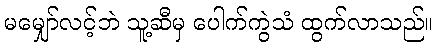
မမျှော်လင့်ဘဲ သူ့ဆီမှ ပေါက်ကွဲသံ ထွက်လာသည်။